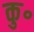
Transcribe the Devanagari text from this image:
कु॰